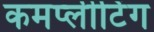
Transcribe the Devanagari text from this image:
कमप्लीटिंग